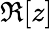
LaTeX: \Re[z]